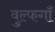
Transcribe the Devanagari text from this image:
वुल्फगाँ